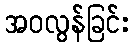
အဝလွန်ခြင်း